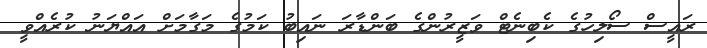
ރައީސް ސޯލިހުގެ ކެބިނެޓް ވަޒީރުންގެ ބަންޑާރަ ނައިބު ކަމުގެ މަގާމަށް އައްޔަނު ކުރެއްވީ